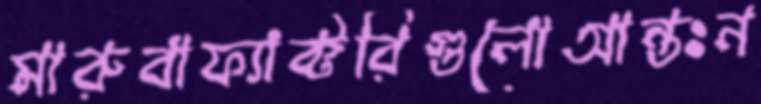
মারুবাফ্যাক্টরিগুলোআন্তঃন